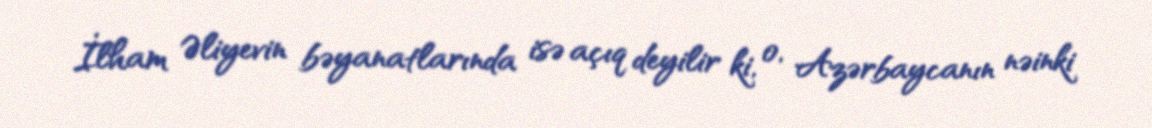
İlham Əliyevin bəyanatlarında isə açıq deyilir ki, o, Azərbaycanın nəinki